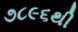
૭૮૯૬થી